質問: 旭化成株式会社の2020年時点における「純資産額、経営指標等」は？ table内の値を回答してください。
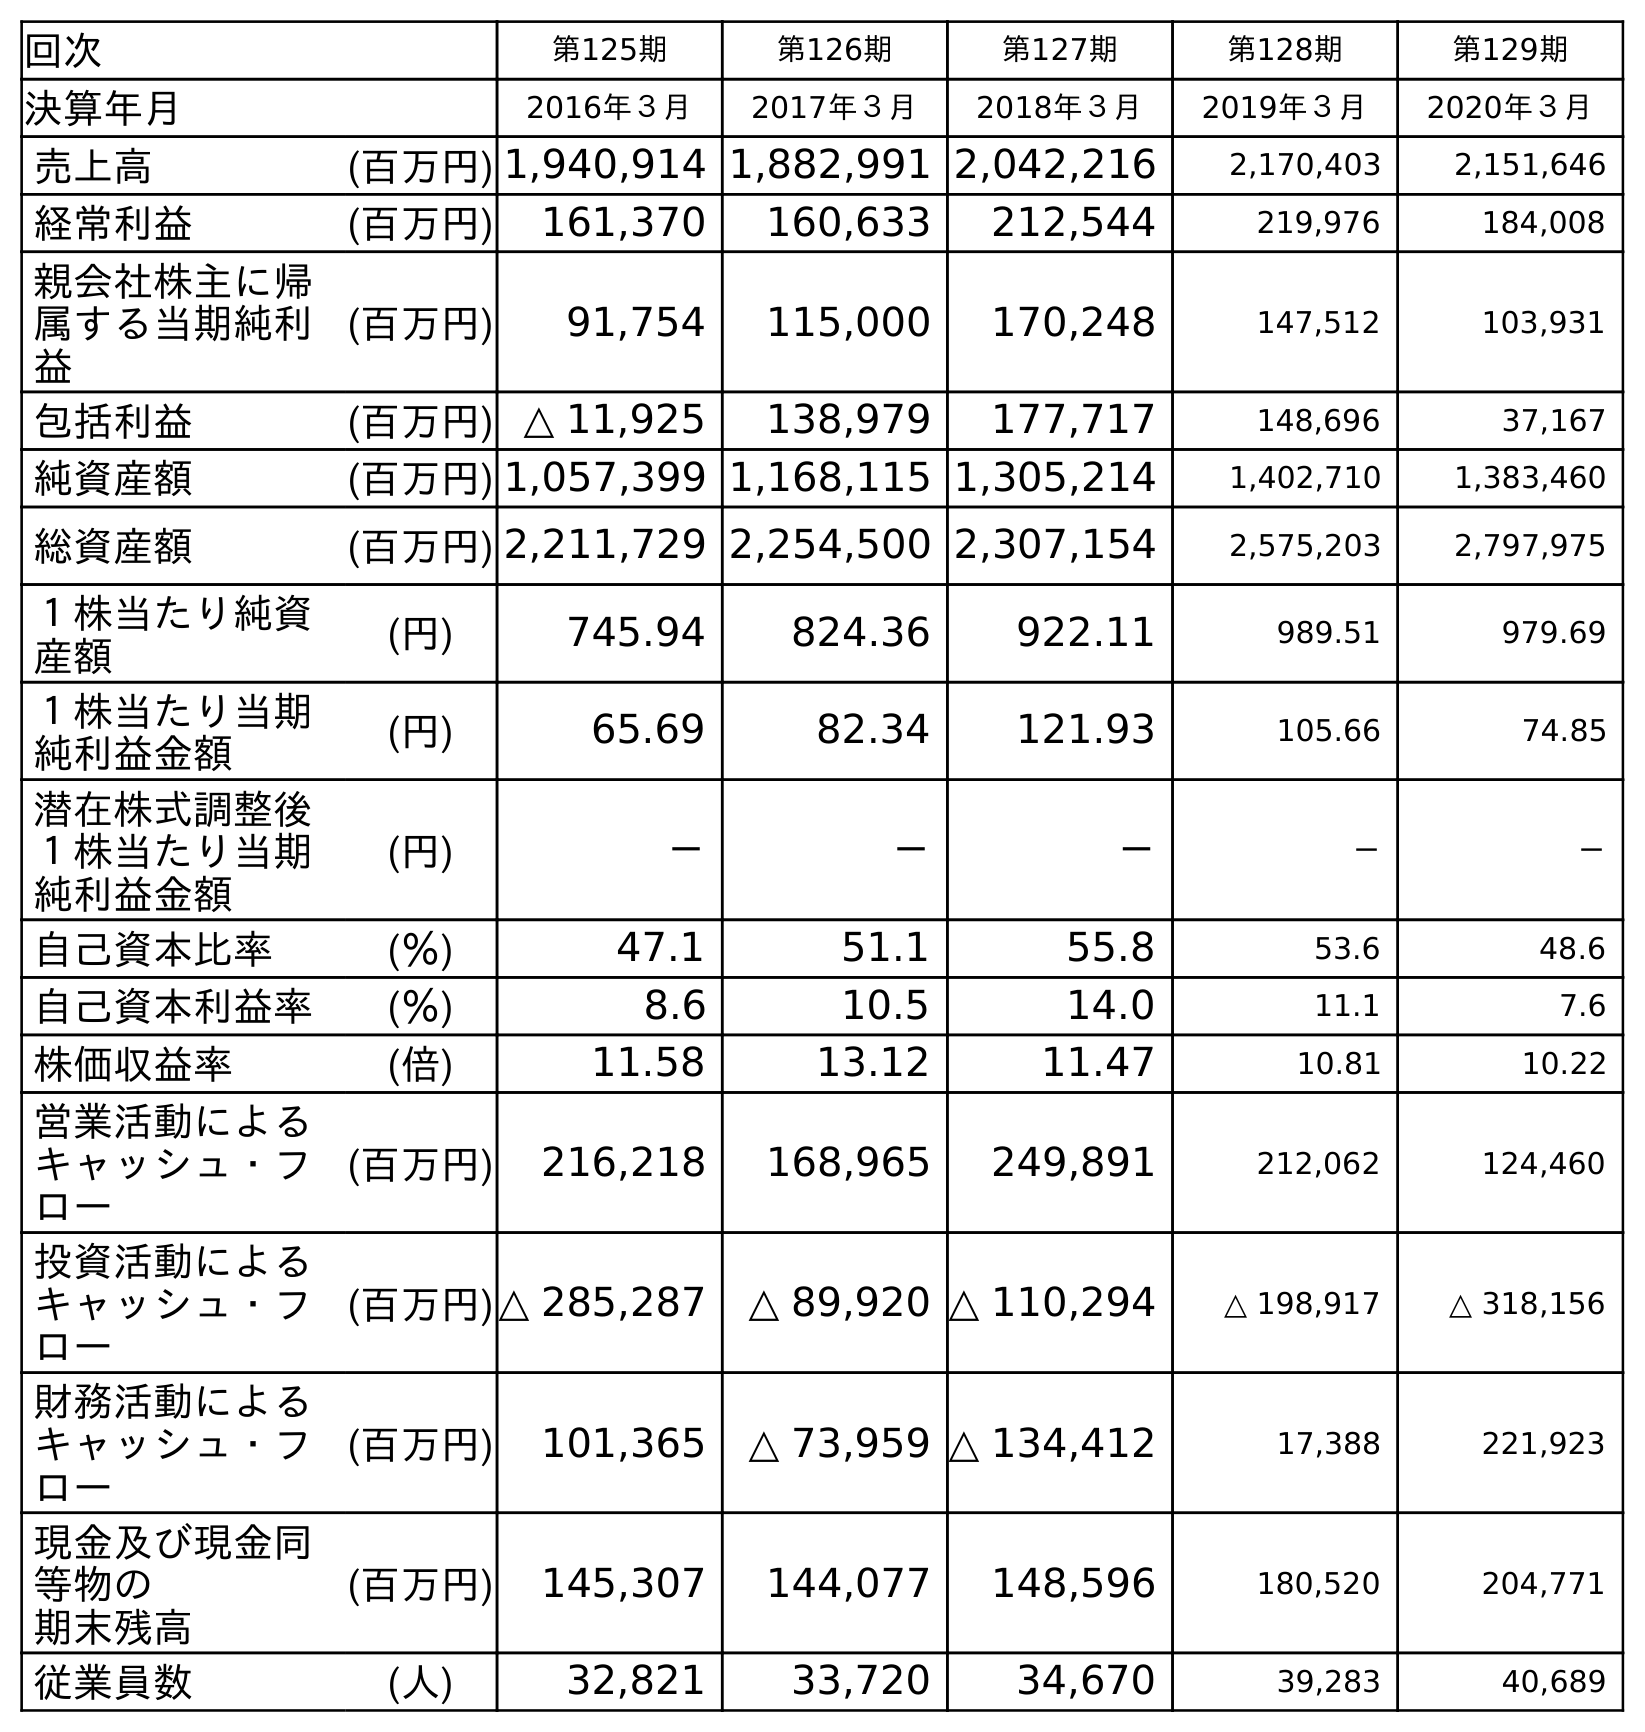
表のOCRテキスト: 回次 第125期 第126期 第127期 第128期 第129期 決算年月 2016年３月 2017年３月 2018年３月 2019年３月 2020年３月 売上高 (百万円) 1,940,914 1,882,991 2,042,216 2,170,403 2,151,646 経常利益 (百万円) 161,370 160,633 212,544 219,976 184,008 親会社株主に帰 属する当期純利 益 (百万円) 91,754 115,000 170,248 147,512 103,931 包括利益 (百万円) △ 11,925 138,979 177,717 148,696 37,167 純資産額 (百万円) 1,057,399 1,168,115 1,305,214 1,402,710 1,383,460 総資産額 (百万円) 2,211,729 2,254,500 2,307,154 2,575,203 2,797,975 １株当たり純資 産額 (円) 745.94 824.36 922.11 989.51 979.69 １株当たり当期 純利益金額 (円) 65.69 82.34 121.93 105.66 74.85 潜在株式調整後 １株当たり当期 純利益金額 (円) － － － － － 自己資本比率 (％) 47.1 51.1 55.8 53.6 48.6 自己資本利益率 (％) 8.6 10.5 14.0 11.1 7.6 株価収益率 (倍) 11.58 13.12 11.47 10.81 10.22 営業活動による キャッシュ・フ ロー (百万円) 216,218 168,965 249,891 212,062 124,460 投資活動による キャッシュ・フ ロー (百万円)△ 285,287 △ 89,920 △ 110,294 △ 198,917 △ 318,156 財務活動による キャッシュ・フ ロー (百万円) 101,365 △ 73,959 △ 134,412 17,388 221,923 現金及び現金同 等物の 期末残高 (百万円) 145,307 144,077 148,596 180,520 204,771 従業員数 (人) 32,821 33,720 34,670 39,283 40,689
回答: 1,383,460